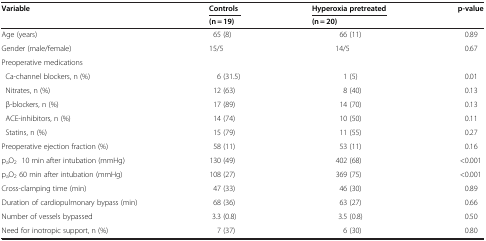
| Variable | Controls | Hyperoxia pretreated | p-value |
 |  | (n = 19) | (n = 20) |  |
 | --- | --- | --- | --- |
 | Age (years) | 65 (8) | 66 (11) | 0.89 |
 | Gender (male/female) | 15/5 | 14/5 | 0.67 |
 | Preoperative medications |  |  |  |
 | Ca-channel blockers, n (%) | 6 (31.5) | 1 (5) | 0.01 |
 | Nitrates, n (%) | 12 (63) | 8 (40) | 0.13 |
 | β-blockers, n (%) | 17 (89) | 14 (70) | 0.13 |
 | ACE-inhibitors, n (%) | 14 (74) | 10 (50) | 0.11 |
 | Statins, n (%) | 15 (79) | 11 (55) | 0.27 |
 | Preoperative ejection fraction (%) | 58 (11) | 53 (11) | 0.16 |
 | paO2 10 min after intubation (mmHg) | 130 (49) | 402 (68) | <0.001 |
 | paO2 60 min after intubation (mmHg) | 108 (27) | 369 (75) | <0.001 |
 | Cross-clamping time (min) | 47 (33) | 46 (30) | 0.89 |
 | Duration of cardiopulmonary bypass (min) | 68 (36) | 63 (27) | 0.66 |
 | Number of vessels bypassed | 3.3 (0.8) | 3.5 (0.8) | 0.50 |
 | Need for inotropic support, n (%) | 7 (37) | 6 (30) | 0.80 |